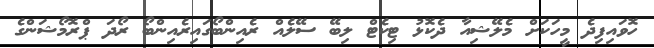
ހޮވައިފިދެ މީހަކަށް މެލޭޝިއާ ދެކޮޅު ޓިކެޓް ލިބޭ ސޭލެއް ރެއިންބޯގައިރެއިންބޯ ރޯދަ ޕްރޮމޯޝަންގެ